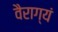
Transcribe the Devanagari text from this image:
वैराग्यं